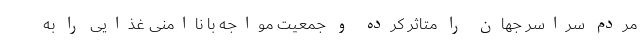
مردم سراسر جهان را متاثر کرده و جمعیت مواجه با ناامنی غذایی را به